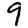
Digit: 9